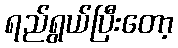
ရည်ရွယ်ပြီးတော့